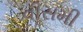
વીસમી